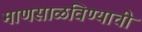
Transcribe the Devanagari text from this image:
माणसाळविण्याची